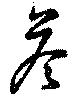
荅